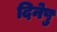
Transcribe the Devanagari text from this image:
दिनेषु